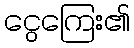
ငွေကြေး၏